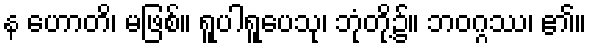
န ဟောတိ၊ မဖြစ်။ ရူပါရူပေသု၊ ဘုံတို့၌။ ဘဝဂ္ဂဿ၊ ၏။